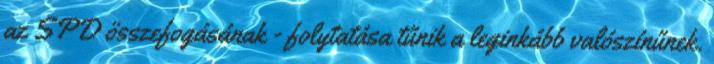
az SPD összefogásának - folytatása tűnik a leginkább valószínűnek.